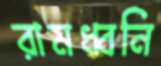
রামধ্বনি